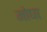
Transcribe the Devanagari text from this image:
मोघा